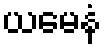
ယမေနံ